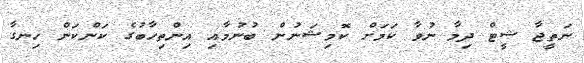
ނަތީޖާ ޝީޓް ދިމާ ނުވާ ކަމަށް ކޮމިޝަނުން ބުނުމާއި އިންތިހާބުގެ ކަންކަން ހިނގާ